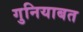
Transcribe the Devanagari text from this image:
गुनियाबत